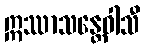
ဣဿာသန္တေဝါသီ